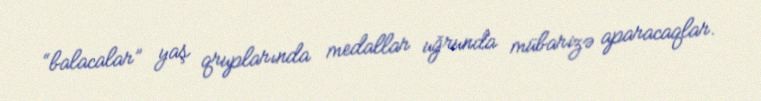
“balacalar” yaş qruplarında medallar uğrunda mübarizə aparacaqlar.